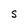
Character: s